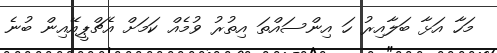
މަހާ އަޅާ ބަލާއިރު ހަ އިންސައްތަ އިތުރު ވުމެއް ކަމަށް އެޗްޕީއޭއިން ބުނެ